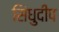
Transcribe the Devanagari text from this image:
सिंधुदीप